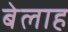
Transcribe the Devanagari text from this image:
बेलाह